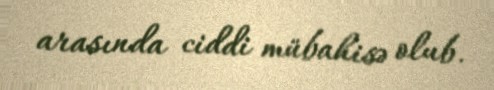
arasında ciddi mübahisə olub.